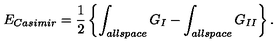
E _ { \small C a s i m i r } = { \frac { 1 } { 2 } } \left\{ \int _ { \small a l l s p a c e } G _ { I } - \int _ { \small a l l s p a c e } G _ { I I } \right\} .